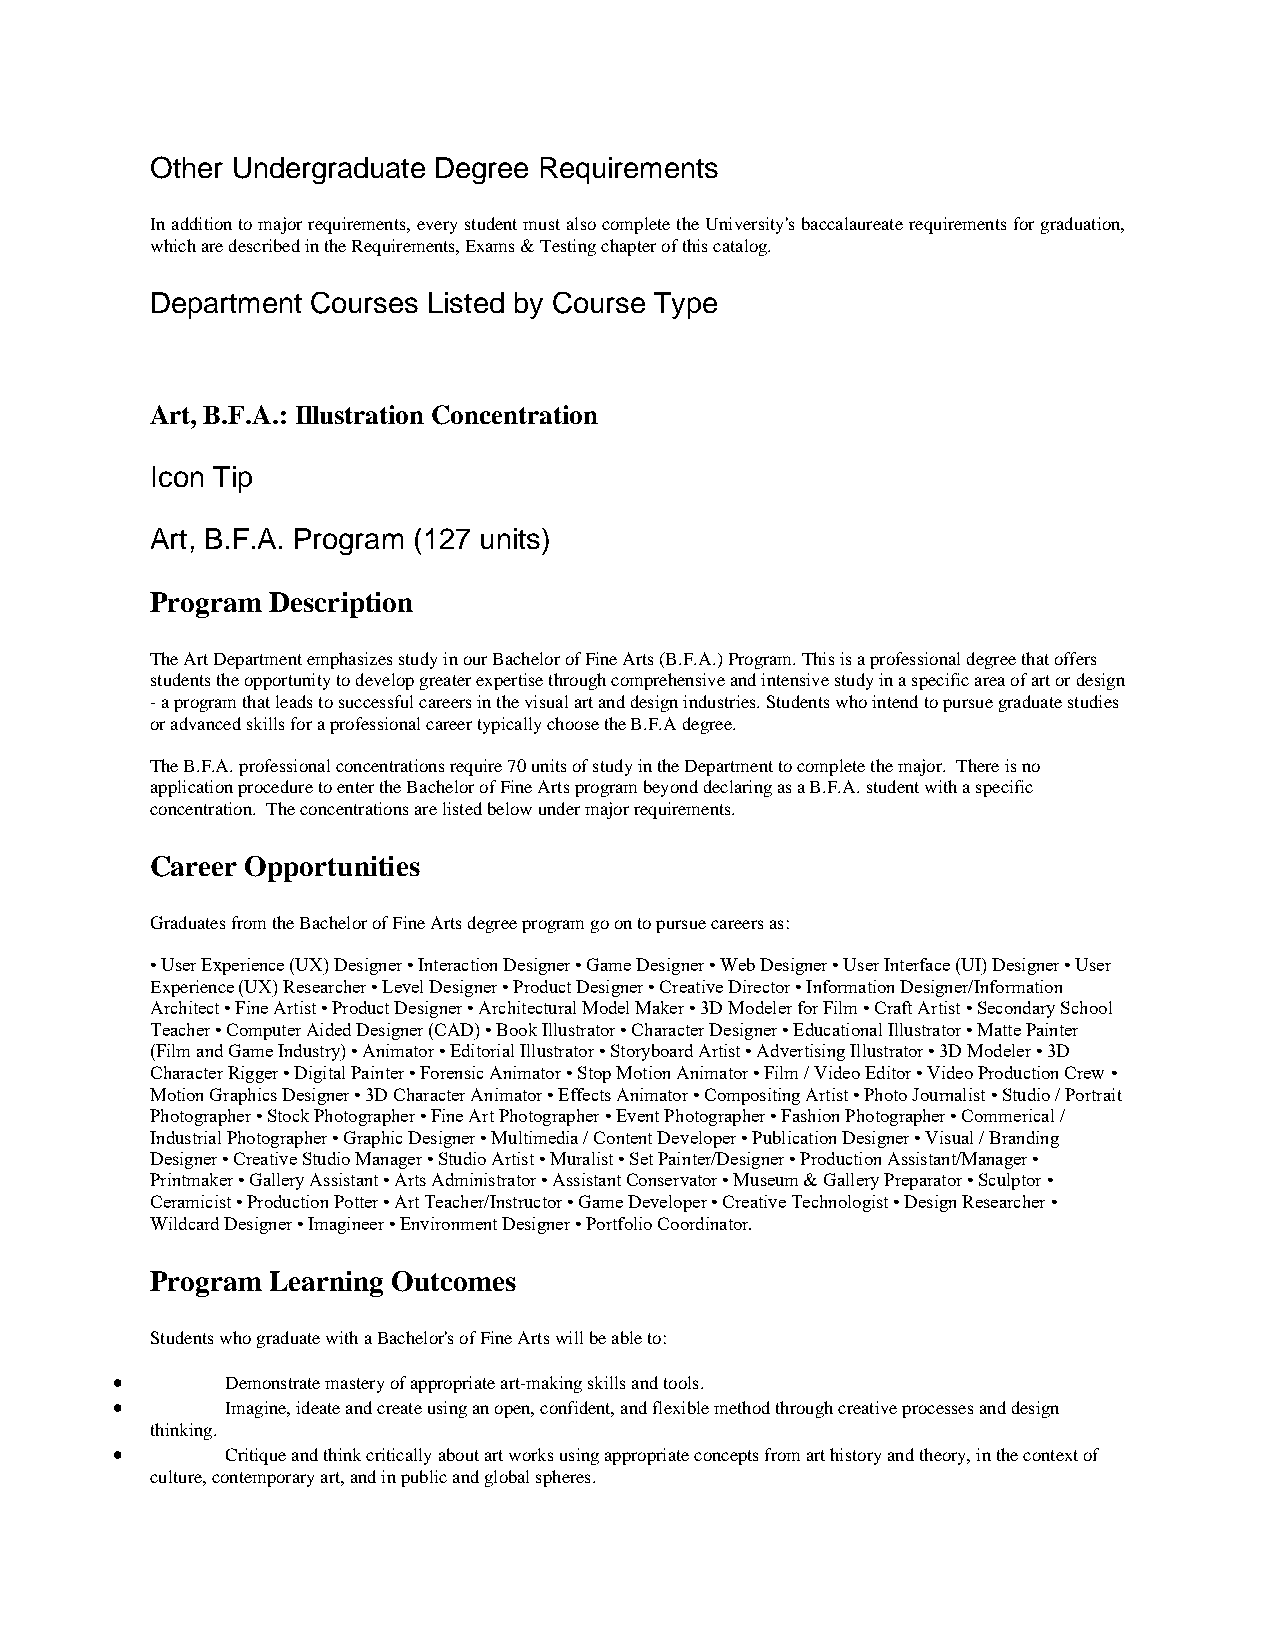
Other Undergraduate Degree Requirements
 In addition to major requirements, every student must also complete the University's baccalaureate requirements for graduation,
 which are described in the Requirements, Exams & Testing chapter of this catalog.
 Department Courses Listed by Course Type
 Art, B.F.A.: Illustration Concentration
 Icon Tip
 Art, B.F.A. Program (127 units)
 Program Description
 The Art Department emphasizes study in our Bachelor of Fine Arts (B.F.A.) Program. This is a professional degree that offers
 students the opportunity to develop greater expertise through comprehensive and intensive study in a specific area of art or design
 - a program that leads to successful careers in the visual art and design industries. Students who intend to pursue graduate studies
 or advanced skills for a professional career typically choose the B.F.A degree.
 The B.F.A. professional concentrations require 70 units of study in the Department to complete the major. There is no
 application procedure to enter the Bachelor of Fine Arts program beyond declaring as a B.F.A. student with a specific
 concentration. The concentrations are listed below under major requirements.
 Career Opportunities
 Graduates from the Bachelor of Fine Arts degree program go on to pursue careers as:
 • User Experience (UX) Designer • Interaction Designer • Game Designer • Web Designer • User Interface (UI) Designer • User
 Experience (UX) Researcher • Level Designer • Product Designer • Creative Director • Information Designer/Information
 Architect • Fine Artist • Product Designer • Architectural Model Maker • 3D Modeler for Film • Craft Artist • Secondary School
 Teacher • Computer Aided Designer (CAD) • Book Illustrator • Character Designer • Educational Illustrator • Matte Painter
 (Film and Game Industry) • Animator • Editorial Illustrator • Storyboard Artist • Advertising Illustrator • 3D Modeler • 3D
 Character Rigger • Digital Painter • Forensic Animator • Stop Motion Animator • Film / Video Editor • Video Production Crew •
 Motion Graphics Designer • 3D Character Animator • Effects Animator • Compositing Artist • Photo Journalist • Studio / Portrait
 Photographer • Stock Photographer • Fine Art Photographer • Event Photographer • Fashion Photographer • Commerical /
 Industrial Photographer • Graphic Designer • Multimedia / Content Developer • Publication Designer • Visual / Branding
 Designer • Creative Studio Manager • Studio Artist • Muralist • Set Painter/Designer • Production Assistant/Manager •
 Printmaker • Gallery Assistant • Arts Administrator • Assistant Conservator • Museum & Gallery Preparator • Sculptor •
 Ceramicist • Production Potter • Art Teacher/Instructor • Game Developer • Creative Technologist • Design Researcher •
 Wildcard Designer • Imagineer • Environment Designer • Portfolio Coordinator.
 Program Learning Outcomes
 Students who graduate with a Bachelor's of Fine Arts will be able to:
 •       Demonstrate mastery of appropriate art-making skills and tools.
 •       Imagine, ideate and create using an open, confident, and flexible method through creative processes and design
 thinking.
 •       Critique and think critically about art works using appropriate concepts from art history and theory, in the context of
 culture, contemporary art, and in public and global spheres.